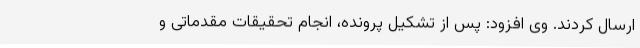
ارسال کردند. وی افزود: پس از تشکیل پرونده، انجام تحقیقات مقدماتی و